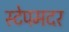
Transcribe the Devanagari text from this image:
स्टेपमदर